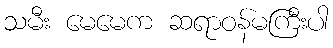
သမီး မေမေက ဆရာဝန်မကြီးပါ